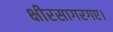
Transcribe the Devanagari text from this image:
क्षीरसागरगए।